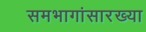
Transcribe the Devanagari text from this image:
समभागांसारख्या